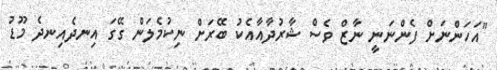
"އަހަންނަށް ފެންނަނީ ނާޒް ވެސް ޝާރުދާއާއެކު ބޭރަށް ނިކުމެލަން ގޭގަ އިނދެއިނދެ މޫޑު